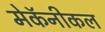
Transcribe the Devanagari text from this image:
मेकॅनीकल